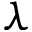
\lambda